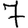
Digit: 7